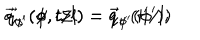
\vec { q } _ { \phi ^ { \prime } } ( \phi , t / l ) = \vec { q } _ { \phi ^ { \prime } } ( \phi ^ { \prime } ) ; \hspace { 1 . 0 c m } \vec { q } _ { t ^ { \prime } } ( \phi , t / l ) = \vec { q } _ { t ^ { \prime } } ( t ^ { \prime } / l )